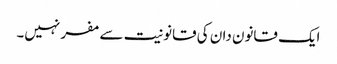
ایک قانون دان کی قانونیت سے مفر نہیں۔